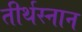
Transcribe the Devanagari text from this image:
तीर्थस्नान